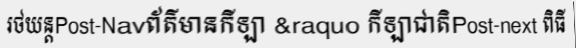
រថយន្តPost-Navព័ត៌មានកីឡា &raquo កីឡាជាតិPost-next ពិធី